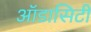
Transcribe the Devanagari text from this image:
ऑडासिटी